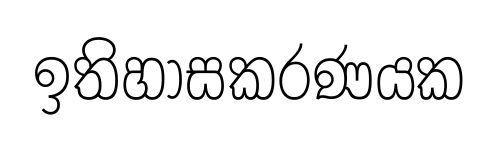
ඉතිහාසකරණයක